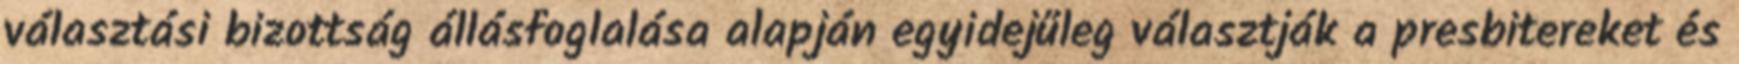
választási bizottság állásfoglalása alapján egyidejűleg választják a presbitereket és